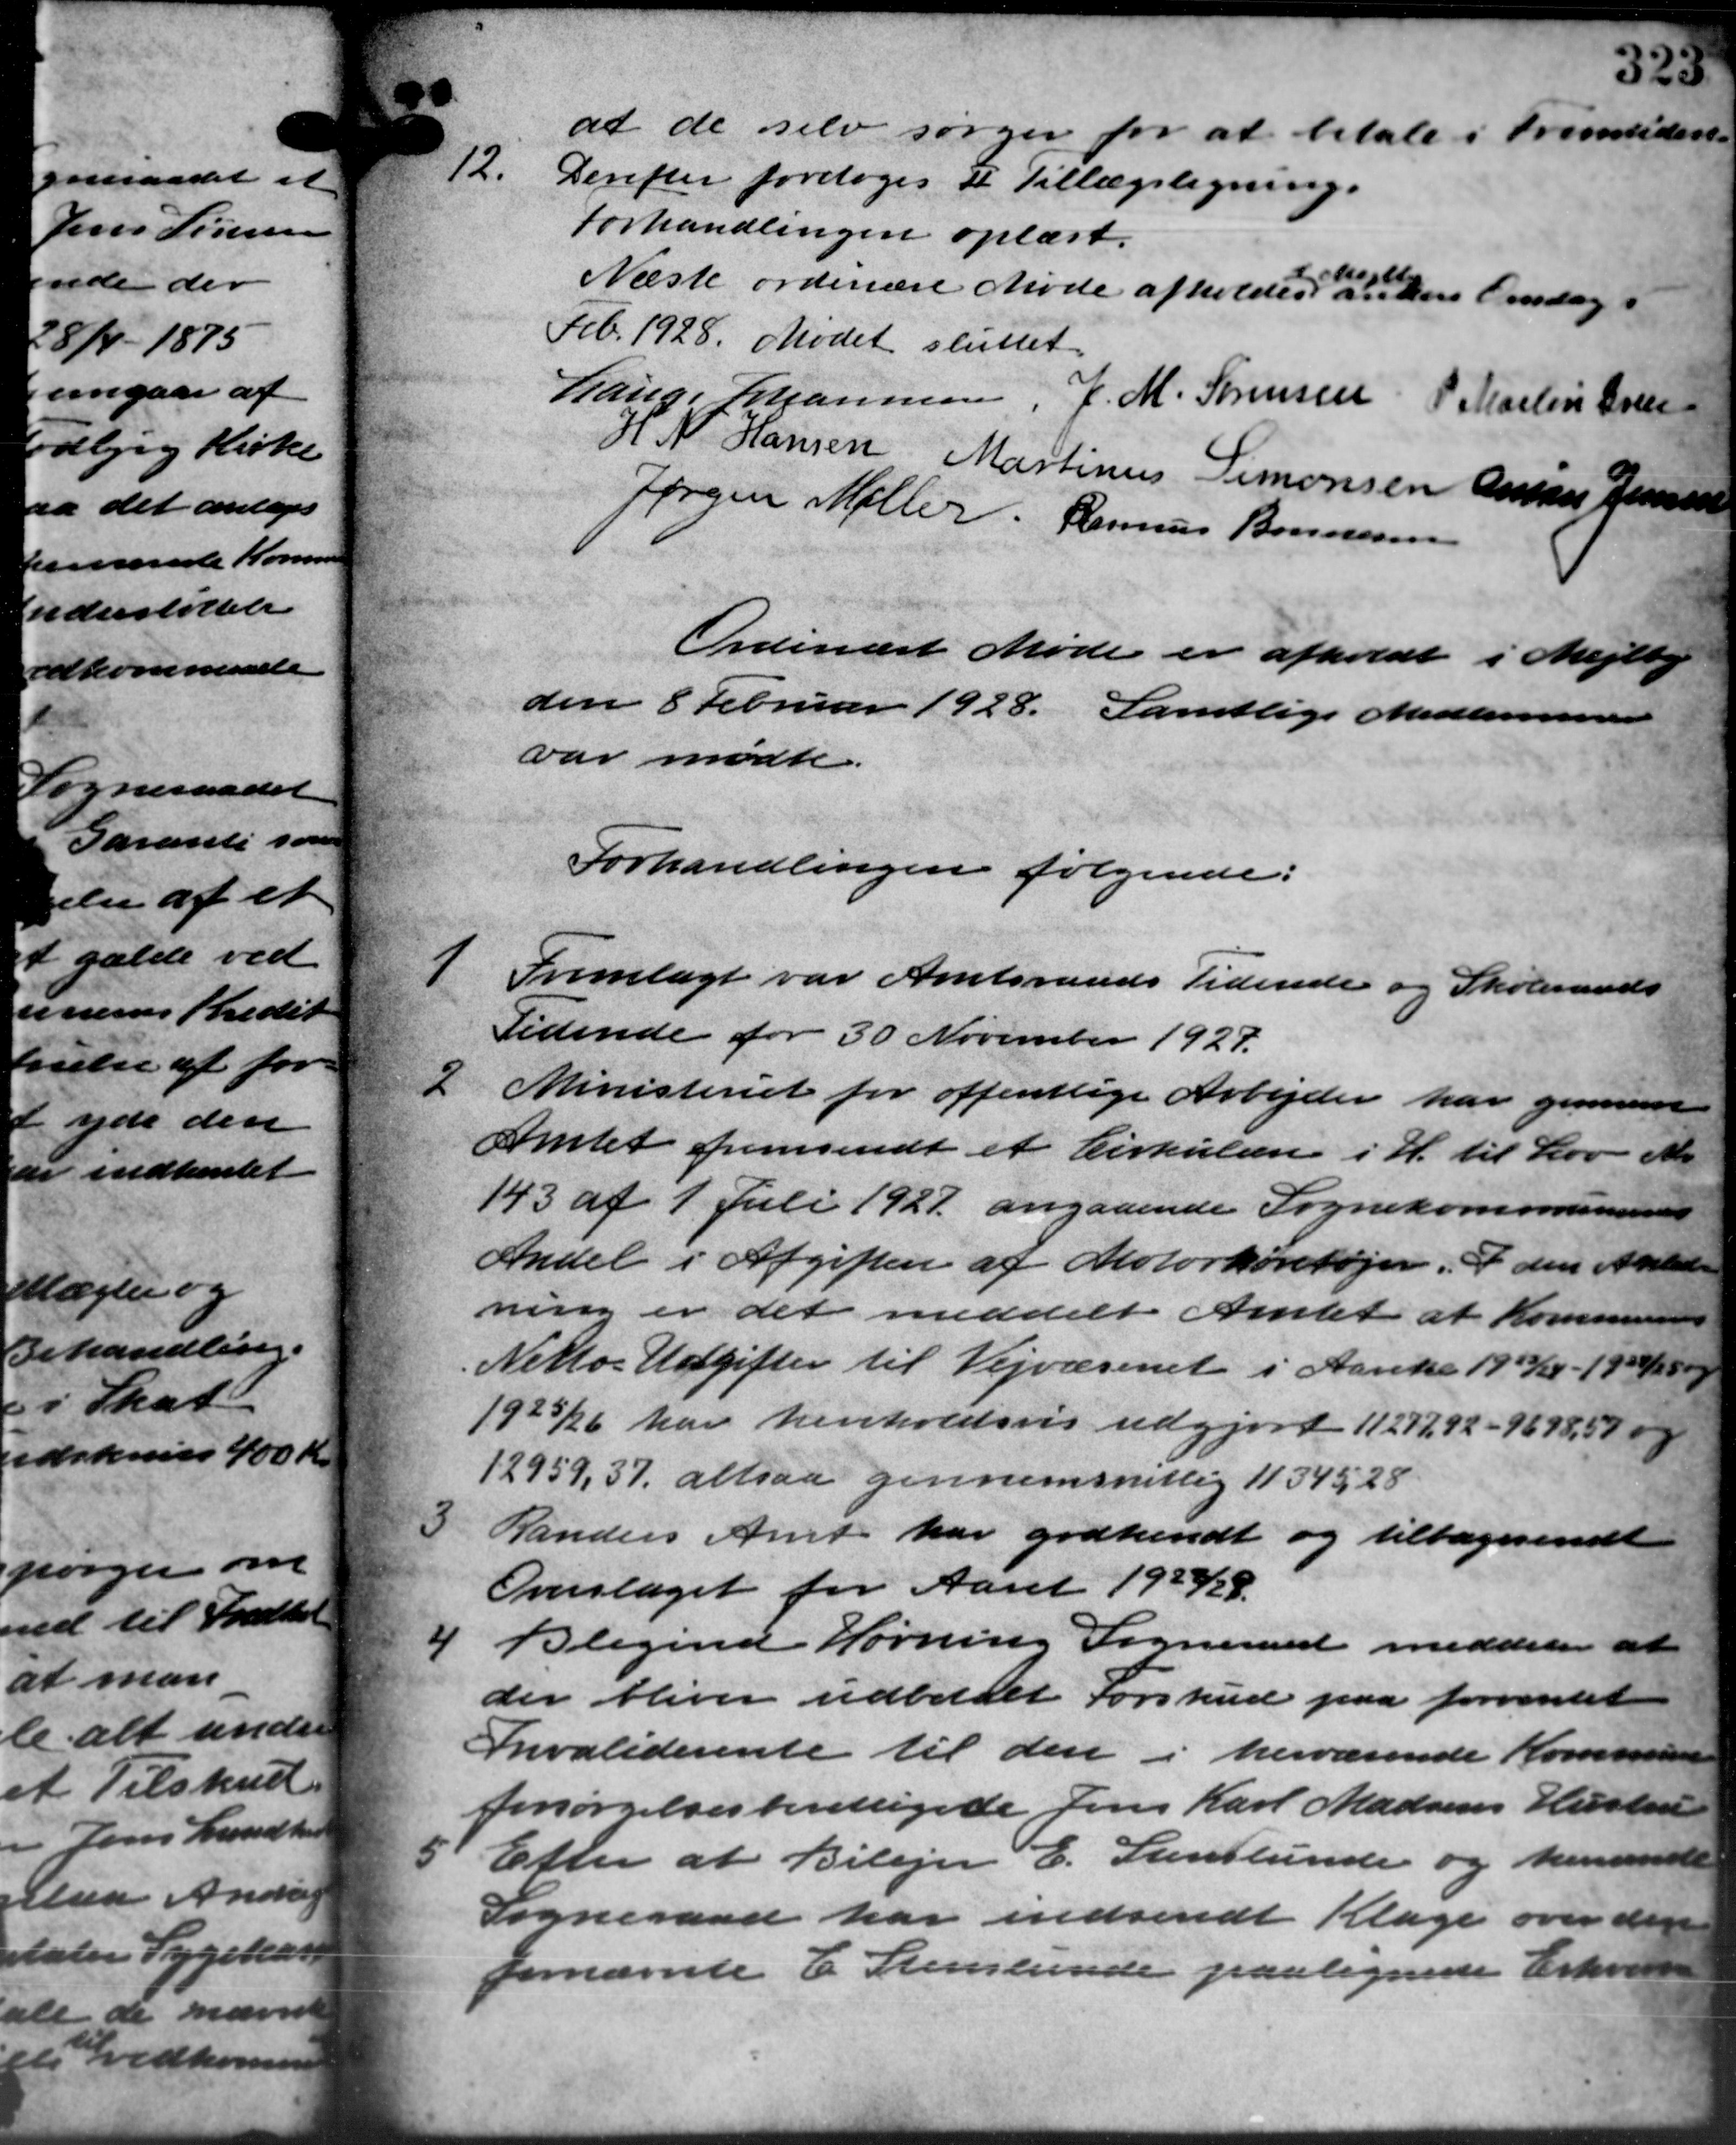
Transskription:
at de selv sørger for at betale i Fremtidere
12.
Derefter foretoges et Tillægsligning.
Forhandlingen oplæst.
Næste ordinære Møde afholdes anken Onsdag i
tegt
Feb. 1928. Mødet sluttet.
Lauge Johannesen, J. M. Sørensen P. Martin Gren
H N Hansen Martinus Simonsen Annes Jensen
Jørgen Møller Rasmus Bonnesen
Ordinært Møde er afholdt i Mejlby
den 8 Februar 1928. Samtlige Medlemmer
var mødte.
Forhandlingen følgende:

Fremlagt var Amtsraads Tidende og Skoleraads
Tidende for 30 November 1927.
2
Ministeriet for offentlige Arbejder har gennem
Amtet fremsendt et Cirkulære i H. til Lov No.
143 af 1. Juli 1927 angaaende Sognekommunens
Andel i Afgiften af Motorkøretøjer. I den Anledn
ning er det meddelt Amtet at Kommunens
Nettos Udgifter til Vejvæsenet i Aarete 1923/24 - 1924/25 og
1925/26 har henholdsvis udgjort 1127292-9698,59 og
12959, 37, altsaa gennemsnitlig 1134528
3
Randers Amt har godkendt og tilbagesendt
Overslaget for Aaret 1937/38.

Blegind Hørning Sogneraad meddeler at
der bliver udbetalt Forskud paa forventet
Invaliderente til den i herværende Kommunen
forsørgelsesberettigede Jens Karl Madsens Hustru

Efter at Bilejer E. Stenlunde og henvende
Sogneraad har indsendt Klage over den
fornævnte E. Stenslunde paalignede Erhvervs